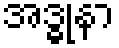
အဒ္ဓုနာ